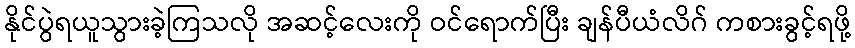
နိုင်ပွဲရယူသွားခဲ့ကြသလို အဆင့်လေးကို ဝင်ရောက်ပြီး ချန်ပီယံလိဂ် ကစားခွင့်ရဖို့